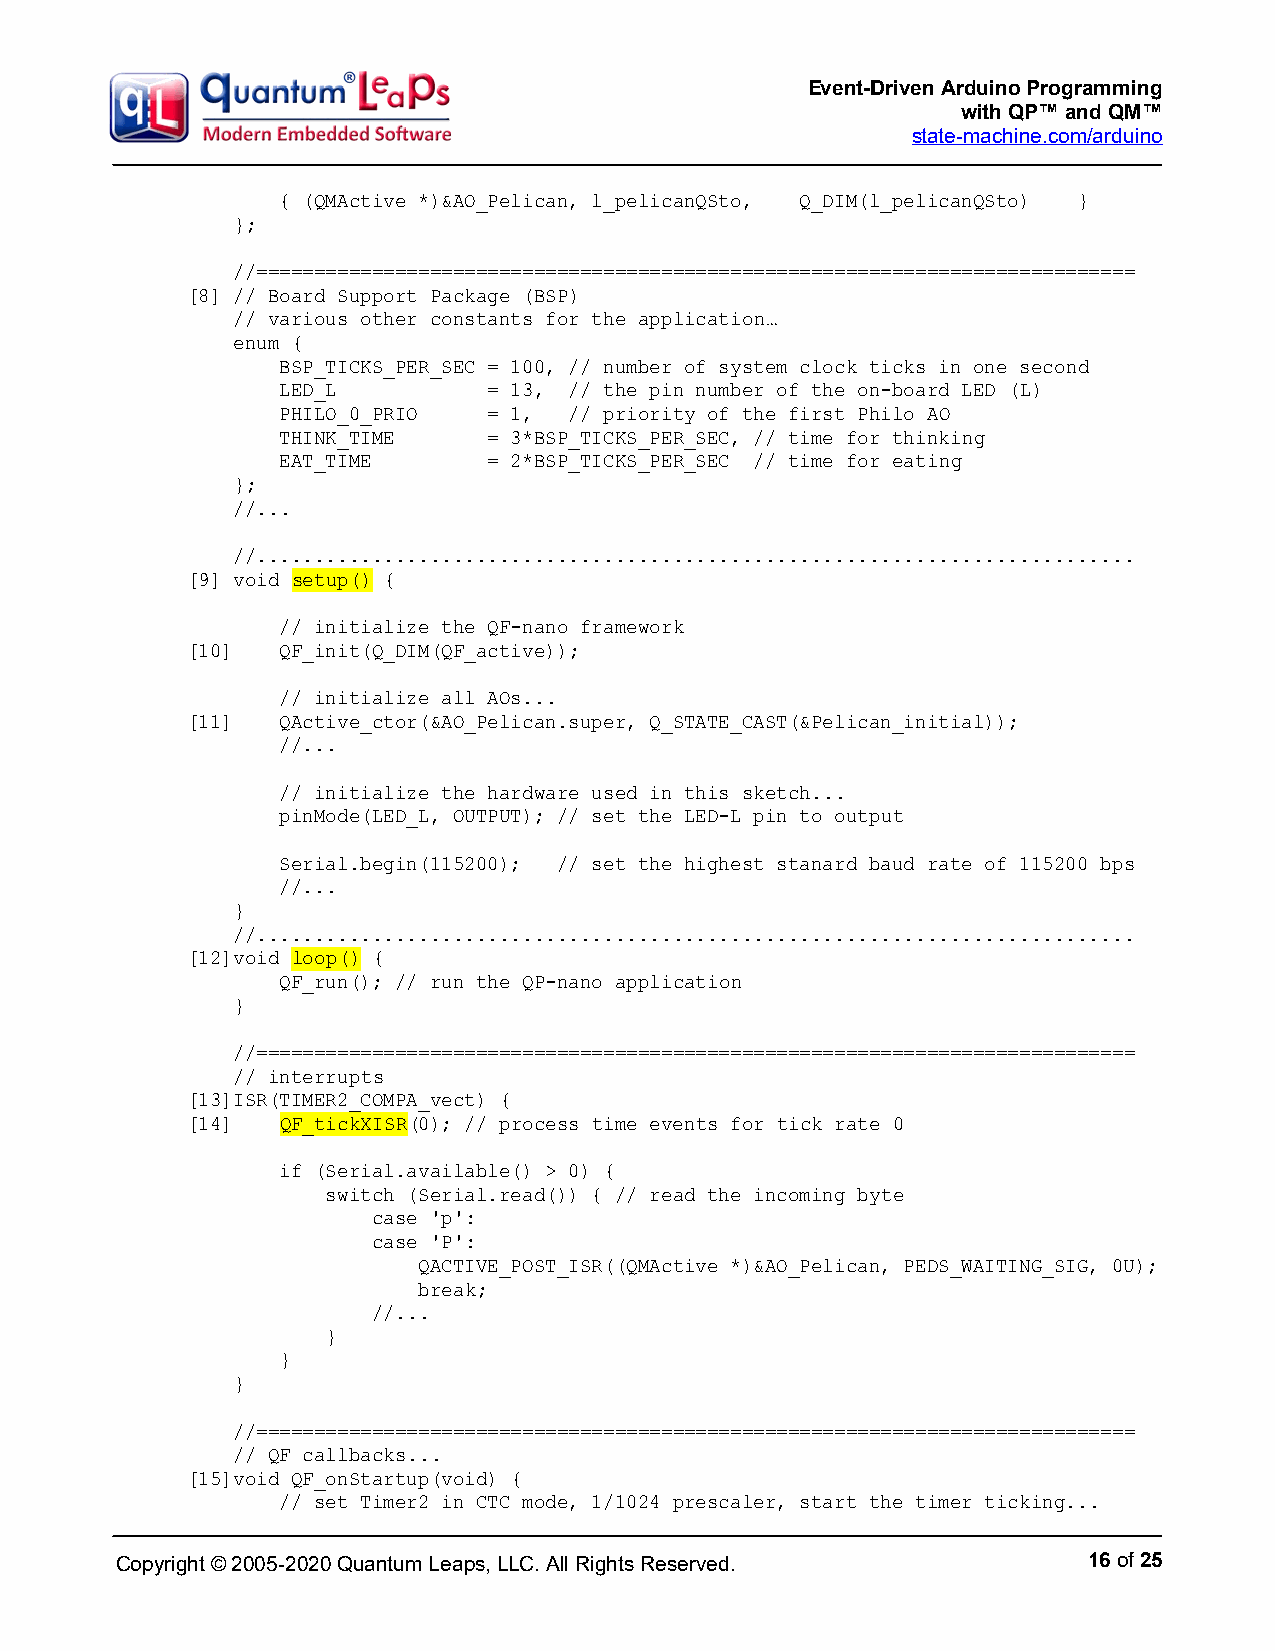
Event-Driven Arduino Programming
 with QP™ and QM™
 state-machine.com/arduino
 { (QMActive *)&AO_Pelican, l_pelicanQSto, Q_DIM(l_pelicanQSto) }
 };
 //============================================================================
 [8] // Board Support Package (BSP)
 // various other constants for the application…
 enum {
 BSP_TICKS_PER_SEC = 100, // number of system clock ticks in one second
 LED_L        = 13, // the pin number of the on-board LED (L)
 PHILO_0_PRIO = 1,  // priority of the first Philo AO
 THINK_TIME   = 3*BSP_TICKS_PER_SEC, // time for thinking
 EAT_TIME     = 2*BSP_TICKS_PER_SEC // time for eating
 };
 //...
 //............................................................................
 [9] void setup() {
 // initialize the QF-nano framework
 [10]   QF_init(Q_DIM(QF_active));
 // initialize all AOs...
 [11]   QActive_ctor(&AO_Pelican.super, Q_STATE_CAST(&Pelican_initial));
 //...
 // initialize the hardware used in this sketch...
 pinMode(LED_L, OUTPUT); // set the LED-L pin to output
 Serial.begin(115200); // set the highest stanard baud rate of 115200 bps
 //...
 }
 //............................................................................
 [12]void loop() {
 QF_run(); // run the QP-nano application
 }
 //============================================================================
 // interrupts
 [13]ISR(TIMER2_COMPA_vect) {
 [14]   QF_tickXISR(0); // process time events for tick rate 0
 if (Serial.available() > 0) {
 switch (Serial.read()) { // read the incoming byte
 case 'p':
 case 'P':
 QACTIVE_POST_ISR((QMActive *)&AO_Pelican, PEDS_WAITING_SIG, 0U);
 break;
 //...
 }
 }
 }
 //============================================================================
 // QF callbacks...
 [15]void QF_onStartup(void) {
 // set Timer2 in CTC mode, 1/1024 prescaler, start the timer ticking...
 Copyright © 2005-2020 Quantum Leaps, LLC. All Rights Reserved.  16 of 25